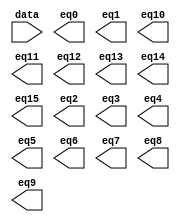
// megafunction wizard: %LPM_DECODE%VBB%
// GENERATION: STANDARD
// VERSION: WM1.0
// MODULE: LPM_DECODE 

// ============================================================
// Megafunction Name(s):
// 			LPM_DECODE
//
// Simulation Library Files(s):
// 			lpm
// ============================================================
// ************************************************************
// THIS IS A WIZARD-GENERATED FILE. DO NOT EDIT THIS FILE!
//
// 22.1std.1 Build 917 02/14/2023 SC Lite Edition
// ************************************************************

//Copyright (C) 2023  Intel Corporation. All rights reserved.
//Your use of Intel Corporation's design tools, logic functions 
//and other software and tools, and any partner logic 
//functions, and any output files from any of the foregoing 
//(including device programming or simulation files), and any 
//associated documentation or information are expressly subject 
//to the terms and conditions of the Intel Program License 
//Subscription Agreement, the Intel Quartus Prime License Agreement,
//the Intel FPGA IP License Agreement, or other applicable license
//agreement, including, without limitation, that your use is for
//the sole purpose of programming logic devices manufactured by
//Intel and sold by Intel or its authorized distributors.  Please
//refer to the applicable agreement for further details, at
//https://fpgasoftware.intel.com/eula.

module decode4_16 (
	data,
	eq0,
	eq1,
	eq10,
	eq11,
	eq12,
	eq13,
	eq14,
	eq15,
	eq2,
	eq3,
	eq4,
	eq5,
	eq6,
	eq7,
	eq8,
	eq9);

	input	[3:0]  data;
	output	  eq0;
	output	  eq1;
	output	  eq10;
	output	  eq11;
	output	  eq12;
	output	  eq13;
	output	  eq14;
	output	  eq15;
	output	  eq2;
	output	  eq3;
	output	  eq4;
	output	  eq5;
	output	  eq6;
	output	  eq7;
	output	  eq8;
	output	  eq9;

endmodule

// ============================================================
// CNX file retrieval info
// ============================================================
// Retrieval info: PRIVATE: BaseDec NUMERIC "1"
// Retrieval info: PRIVATE: EnableInput NUMERIC "0"
// Retrieval info: PRIVATE: INTENDED_DEVICE_FAMILY STRING "Cyclone V"
// Retrieval info: PRIVATE: LPM_PIPELINE NUMERIC "1"
// Retrieval info: PRIVATE: Latency NUMERIC "0"
// Retrieval info: PRIVATE: SYNTH_WRAPPER_GEN_POSTFIX STRING "0"
// Retrieval info: PRIVATE: aclr NUMERIC "0"
// Retrieval info: PRIVATE: clken NUMERIC "0"
// Retrieval info: PRIVATE: eq0 NUMERIC "1"
// Retrieval info: PRIVATE: eq1 NUMERIC "1"
// Retrieval info: PRIVATE: eq10 NUMERIC "1"
// Retrieval info: PRIVATE: eq11 NUMERIC "1"
// Retrieval info: PRIVATE: eq12 NUMERIC "1"
// Retrieval info: PRIVATE: eq13 NUMERIC "1"
// Retrieval info: PRIVATE: eq14 NUMERIC "1"
// Retrieval info: PRIVATE: eq15 NUMERIC "1"
// Retrieval info: PRIVATE: eq2 NUMERIC "1"
// Retrieval info: PRIVATE: eq3 NUMERIC "1"
// Retrieval info: PRIVATE: eq4 NUMERIC "1"
// Retrieval info: PRIVATE: eq5 NUMERIC "1"
// Retrieval info: PRIVATE: eq6 NUMERIC "1"
// Retrieval info: PRIVATE: eq7 NUMERIC "1"
// Retrieval info: PRIVATE: eq8 NUMERIC "1"
// Retrieval info: PRIVATE: eq9 NUMERIC "1"
// Retrieval info: PRIVATE: nBit NUMERIC "4"
// Retrieval info: PRIVATE: new_diagram STRING "1"
// Retrieval info: LIBRARY: lpm lpm.lpm_components.all
// Retrieval info: CONSTANT: LPM_DECODES NUMERIC "16"
// Retrieval info: CONSTANT: LPM_TYPE STRING "LPM_DECODE"
// Retrieval info: CONSTANT: LPM_WIDTH NUMERIC "4"
// Retrieval info: USED_PORT: @eq 0 0 16 0 OUTPUT NODEFVAL "@eq[15..0]"
// Retrieval info: USED_PORT: data 0 0 4 0 INPUT NODEFVAL "data[3..0]"
// Retrieval info: USED_PORT: eq0 0 0 0 0 OUTPUT NODEFVAL "eq0"
// Retrieval info: USED_PORT: eq1 0 0 0 0 OUTPUT NODEFVAL "eq1"
// Retrieval info: USED_PORT: eq10 0 0 0 0 OUTPUT NODEFVAL "eq10"
// Retrieval info: USED_PORT: eq11 0 0 0 0 OUTPUT NODEFVAL "eq11"
// Retrieval info: USED_PORT: eq12 0 0 0 0 OUTPUT NODEFVAL "eq12"
// Retrieval info: USED_PORT: eq13 0 0 0 0 OUTPUT NODEFVAL "eq13"
// Retrieval info: USED_PORT: eq14 0 0 0 0 OUTPUT NODEFVAL "eq14"
// Retrieval info: USED_PORT: eq15 0 0 0 0 OUTPUT NODEFVAL "eq15"
// Retrieval info: USED_PORT: eq2 0 0 0 0 OUTPUT NODEFVAL "eq2"
// Retrieval info: USED_PORT: eq3 0 0 0 0 OUTPUT NODEFVAL "eq3"
// Retrieval info: USED_PORT: eq4 0 0 0 0 OUTPUT NODEFVAL "eq4"
// Retrieval info: USED_PORT: eq5 0 0 0 0 OUTPUT NODEFVAL "eq5"
// Retrieval info: USED_PORT: eq6 0 0 0 0 OUTPUT NODEFVAL "eq6"
// Retrieval info: USED_PORT: eq7 0 0 0 0 OUTPUT NODEFVAL "eq7"
// Retrieval info: USED_PORT: eq8 0 0 0 0 OUTPUT NODEFVAL "eq8"
// Retrieval info: USED_PORT: eq9 0 0 0 0 OUTPUT NODEFVAL "eq9"
// Retrieval info: CONNECT: @data 0 0 4 0 data 0 0 4 0
// Retrieval info: CONNECT: eq0 0 0 0 0 @eq 0 0 1 0
// Retrieval info: CONNECT: eq1 0 0 0 0 @eq 0 0 1 1
// Retrieval info: CONNECT: eq10 0 0 0 0 @eq 0 0 1 10
// Retrieval info: CONNECT: eq11 0 0 0 0 @eq 0 0 1 11
// Retrieval info: CONNECT: eq12 0 0 0 0 @eq 0 0 1 12
// Retrieval info: CONNECT: eq13 0 0 0 0 @eq 0 0 1 13
// Retrieval info: CONNECT: eq14 0 0 0 0 @eq 0 0 1 14
// Retrieval info: CONNECT: eq15 0 0 0 0 @eq 0 0 1 15
// Retrieval info: CONNECT: eq2 0 0 0 0 @eq 0 0 1 2
// Retrieval info: CONNECT: eq3 0 0 0 0 @eq 0 0 1 3
// Retrieval info: CONNECT: eq4 0 0 0 0 @eq 0 0 1 4
// Retrieval info: CONNECT: eq5 0 0 0 0 @eq 0 0 1 5
// Retrieval info: CONNECT: eq6 0 0 0 0 @eq 0 0 1 6
// Retrieval info: CONNECT: eq7 0 0 0 0 @eq 0 0 1 7
// Retrieval info: CONNECT: eq8 0 0 0 0 @eq 0 0 1 8
// Retrieval info: CONNECT: eq9 0 0 0 0 @eq 0 0 1 9
// Retrieval info: GEN_FILE: TYPE_NORMAL decode4_16.v TRUE
// Retrieval info: GEN_FILE: TYPE_NORMAL decode4_16.inc FALSE
// Retrieval info: GEN_FILE: TYPE_NORMAL decode4_16.cmp FALSE
// Retrieval info: GEN_FILE: TYPE_NORMAL decode4_16.bsf FALSE
// Retrieval info: GEN_FILE: TYPE_NORMAL decode4_16_inst.v FALSE
// Retrieval info: GEN_FILE: TYPE_NORMAL decode4_16_bb.v TRUE
// Retrieval info: LIB_FILE: lpm